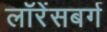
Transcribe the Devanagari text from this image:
लॉरेंसबर्ग